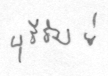
บุรีรัมย์